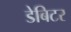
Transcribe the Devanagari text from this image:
डेबिटर